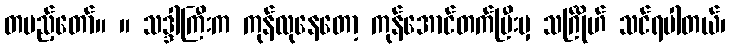
တပည့်တော်။ ။ သဒ္ဒါကြီးက ကုန်လုနေတော့ ကုန်အောင်တက်ပြီးမှ သင်္ဂြိုဟ် သင်ရပါတယ်၊